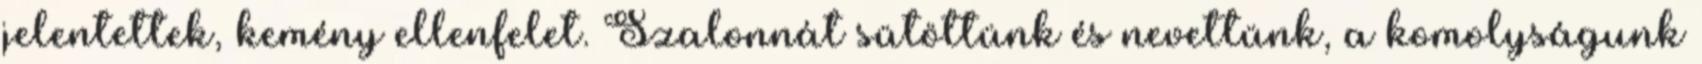
jelentettek, kemény ellenfelet. Szalonnát sütöttünk és nevettünk, a komolyságunk